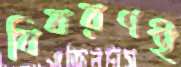
বিবরণই